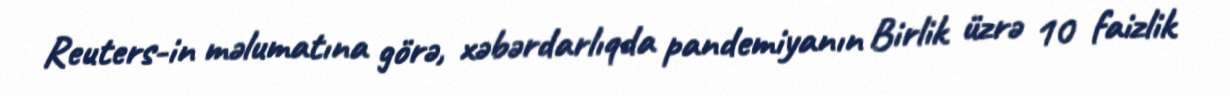
Reuters-in məlumatına görə, xəbərdarlıqda pandemiyanın Birlik üzrə 10 faizlik